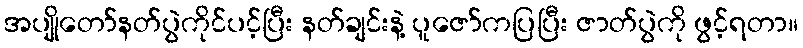
အပျိုတော်နတ်ပွဲကိုင်ပင့်ပြီး နတ်ချင်းနဲ့ ပူဇော်ကပြပြီး ဇာတ်ပွဲကို ဖွင့်ရတာ။